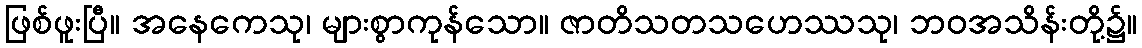
ဖြစ်ဖူးပြီ။ အနေကေသု၊ များစွာကုန်သော။ ဇာတိသတသဟေဿသု၊ ဘဝအသိန်းတို့၌။